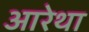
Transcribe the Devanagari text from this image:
आरेथा